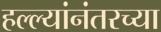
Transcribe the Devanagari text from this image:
हल्ल्यांनंतरच्या